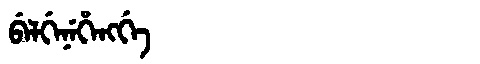
Manchu: ᠪᡝᠯᡤᡝᠨᡝᡥᡝᠩᡤᡝ
Romanization: BELGENEHENGGE